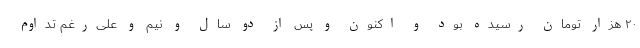
۲۰ هزار تومان رسیده بود و اکنون و پس از دو سال و نیم و علی‌رغم تداوم